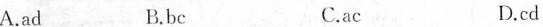
A.ad B.bc C.ac D.cd